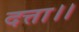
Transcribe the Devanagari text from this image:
दत्ता।।